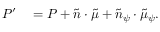
\begin{array} { r l } { P ^ { \prime } } & { { } = P + \tilde { n } \cdot \tilde { \mu } + \tilde { n } _ { \psi } \cdot \tilde { \mu } _ { \psi } . } \end{array}